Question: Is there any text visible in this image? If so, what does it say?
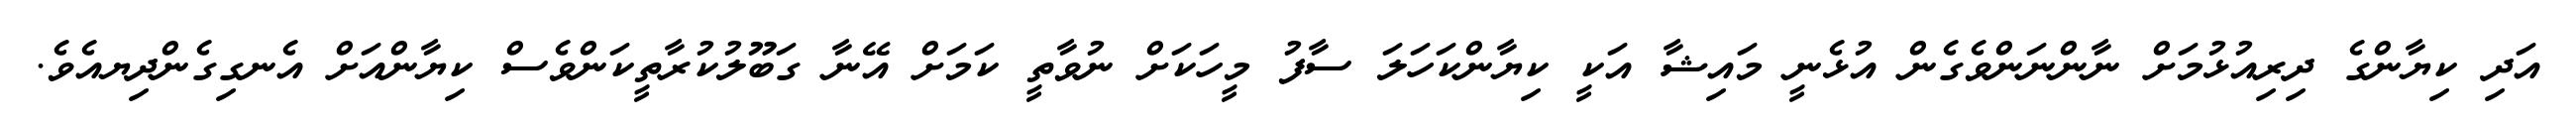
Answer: އަދި ކިޔާންގެ ދިރިއުޅުމަށް ނާންނަންވެގެން އުޅެނީ މައިޝާ އަކީ ކިޔާންކަހަލަ ސާފު މީހަކަށް ނުވާތީ ކަމަށް އޭނާ ގަބޫލުކުރާތީކަންވެސް ކިޔާންއަށް އެނގިގެންދިޔއެވެ.